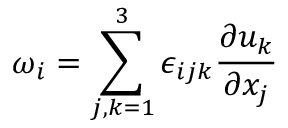
\omega _ { i } = \sum _ { j , k = 1 } ^ { 3 } \epsilon _ { i j k } \frac { \partial u _ { k } } { \partial x _ { j } }